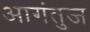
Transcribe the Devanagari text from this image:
आगंतुज